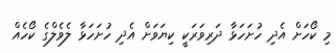
މި ކޯހަށް އެދި ހުށަހަޅާ ދަރިވަރަކީ ކިޔަވަށް އެދި ހުށަހަޅާ ލެވެލްގެ ކޯހެއް